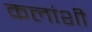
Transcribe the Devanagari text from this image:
कलांशी